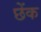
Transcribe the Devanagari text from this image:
छेंक